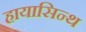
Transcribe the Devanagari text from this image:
हायासिन्थ